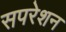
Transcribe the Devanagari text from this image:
सपरेशन